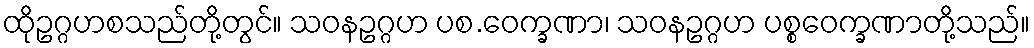
ထိုဥဂ္ဂဟစသည်တို့တွင်။ သဝနဥဂ္ဂဟ ပစ.ဝေက္ခဏာ၊ သဝနဥဂ္ဂဟ ပစ္စဝေက္ခဏာတို့သည်။